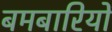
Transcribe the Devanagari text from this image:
बमबारियों